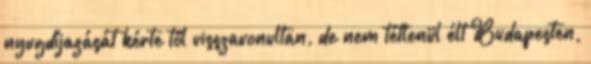
nyugdíjazását kérte től visszavonultan, de nem tétlenül élt Budapesten,